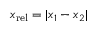
x _ { \mathrm { r e l } } = | x _ { 1 } - x _ { 2 } |